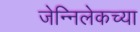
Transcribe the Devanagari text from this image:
जेन्निलेकच्या